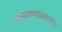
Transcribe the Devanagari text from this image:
ससाण्यासारखा